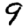
Digit: 9